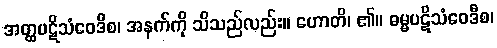
အတ္ထပဋိသံဝေဒီစ၊ အနက်ကို သိသည်လည်း။ ဟောတိ၊ ၏။ ဓမ္မပဋိသံဝေဒီစ၊